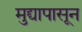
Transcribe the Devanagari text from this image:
मुद्द्यापासून